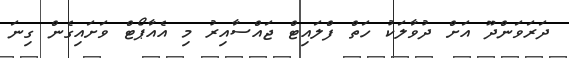
ދަރަވަންދޫ އަށް ދުވާލަކު ހަތް ފްލައިޓް ޖައްސާއިރު މި އެއާޕޯޓް ވަށައިގެން ގިނަ